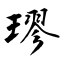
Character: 璆